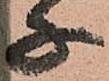
子